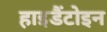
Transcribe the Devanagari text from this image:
हाइडैंटोइन